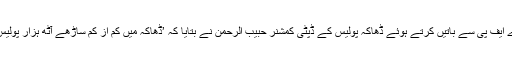
فرانسیسی خبر رساں ادارے اے ایف پی سے باتیں کرتے ہوئے ڈھاکہ پولیس کے ڈپٹی کمشنر حبیب الرحمٰن نے بتایا کہ ’ڈھاکہ میں کم از کم ساڑھے آٹھ ہزار پولیس اہلکار تعینات کیے گئے ہیں۔